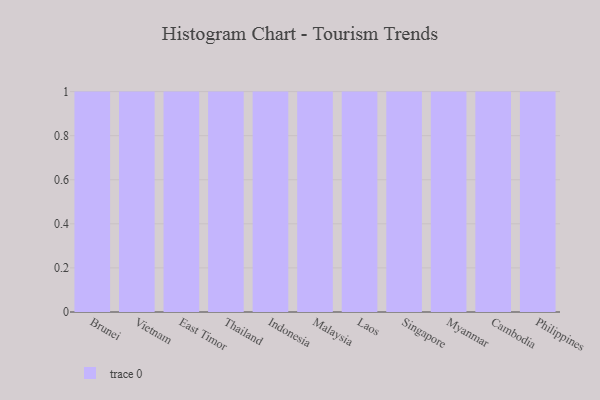
{"axis": {"x": "Country", "y": "Latency (ms)"}, "legend": [""], "data": [{"x": "Brunei", "y": 34, "type": ""}, {"x": "Vietnam", "y": 51, "type": ""}, {"x": "East Timor", "y": 89, "type": ""}, {"x": "Thailand", "y": 14, "type": ""}, {"x": "Indonesia", "y": 55, "type": ""}, {"x": "Malaysia", "y": 77, "type": ""}, {"x": "Laos", "y": 93, "type": ""}, {"x": "Singapore", "y": 82, "type": ""}, {"x": "Myanmar", "y": 6, "type": ""}, {"x": "Cambodia", "y": 53, "type": ""}, {"x": "Philippines", "y": 45, "type": ""}]}